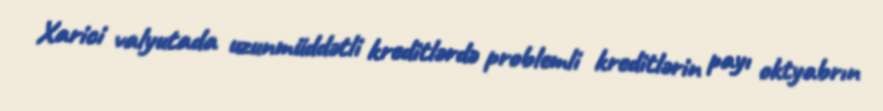
Xarici valyutada uzunmüddətli kreditlərdə problemli kreditlərin payı oktyabrın